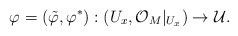
\begin{align*}\varphi=(\tilde\varphi, \varphi^*): (U_x, \mathcal{O}_M|_{U_x}) \rightarrow \mathcal{U}.\end{align*}